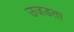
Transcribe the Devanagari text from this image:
उजडता